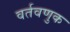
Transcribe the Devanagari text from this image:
वर्तवणुक